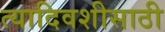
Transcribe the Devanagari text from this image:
त्यादिवशीसाठी